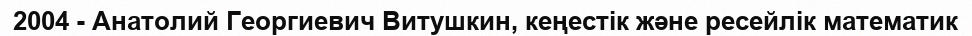
2004 - Анатолий Георгиевич Витушкин, кеңестік және ресейлік математик